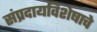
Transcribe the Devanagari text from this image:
संप्रदायविशेषाचे